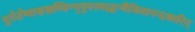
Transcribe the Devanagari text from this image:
भूतेशेष्वासखण्डिन्भृगुवरमदहृन्मैथिलानन्दकारिन्